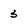
Character: 3